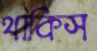
থাকিস